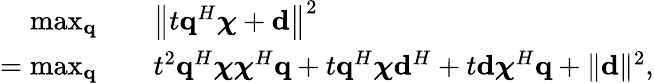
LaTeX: \begin{array}{rl}{\operatorname*{max}_{\mathbf{q}}\quad}&{\left\| t\mathbf{q}^{H}\boldsymbol{\chi}+\mathbf{d}\right\| ^{2}}\\ {=\operatorname*{max}_{\mathbf{q}}\quad}&{t^{2}\mathbf{q}^{H}\boldsymbol{\chi}\boldsymbol{\chi}^{H}\mathbf{q}+t\mathbf{q}^{H}\boldsymbol{\chi}\mathbf{d}^{H}+t\mathbf{d}\boldsymbol{\chi}^{H}\mathbf{q}+\| \mathbf{d}\| ^{2},}\end{array}